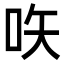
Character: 𠱈